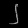
Digit: ၂